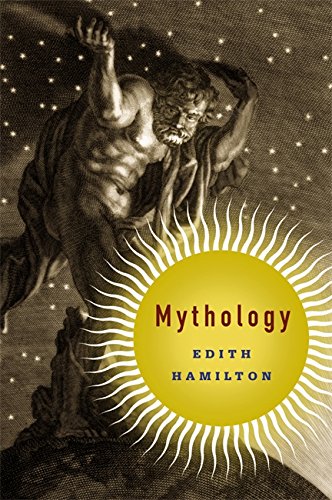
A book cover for Mythology; Edith Hamilton; History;